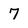
Character: 7